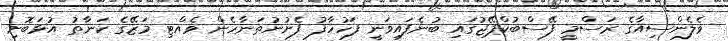
ވެލެންސިއާގެ ރަސްމީ ފޭސްބުކްޕޭޖުގައި ބުނެފައިވަނީ ފަހުހާފު ފެށުނުތަނާހެން ވެއްޓި މަޒޭގެ ކަނާތު އުޅަބޮށި